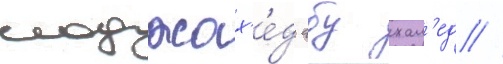
моджах'е́д абу хал'ед //